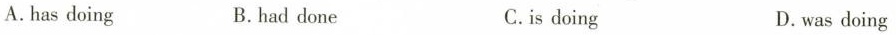
A.has doing B.had done C.is doing D. was doing